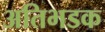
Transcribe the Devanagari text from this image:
अतिभडक